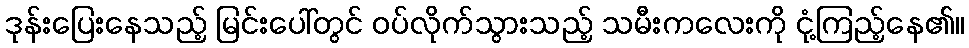
ဒုန်းပြေးနေသည့် မြင်းပေါ်တွင် ဝပ်လိုက်သွားသည့် သမီးကလေးကို ငုံ့ကြည့်နေ၏။